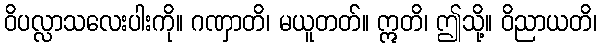
ဝိပလ္လာသလေးပါးကို။ ဂဏှာတိ၊ မယူတတ်။ ဣတိ၊ ဤသို့။ ဝိညာယတိ၊